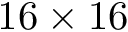
1 6 \times 1 6